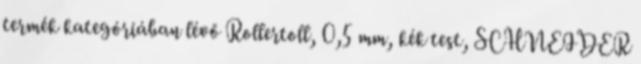
termék kategóriában lévő Rollertoll, 0,5 mm, kék test, SCHNEIDER